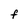
Character: F